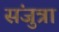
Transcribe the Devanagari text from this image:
संजुत्रा